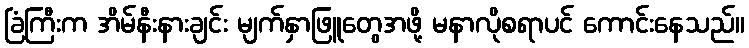
ခြံကြီးက အိမ်နီးနားချင်း မျက်နှာဖြူတွေအဖို့ မနာလိုစရာပင် ကောင်းနေသည်။